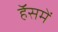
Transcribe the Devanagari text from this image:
हॅेसमें